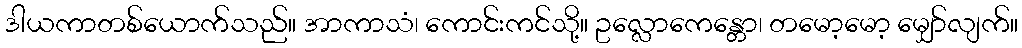
ဒါယကာတစ်ယောက်သည်။ အာကာသံ၊ ကောင်းကင်သို့။ ဥလ္လောကေန္တော၊ တမော့မော့ မျှော်လျက်။